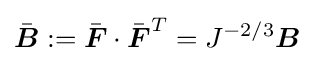
{\bar {\boldsymbol {B}}}:={\bar {\boldsymbol {F}}}\cdot {\bar {\boldsymbol {F}}}^{T}=J^{-2/3}{\boldsymbol {B}}